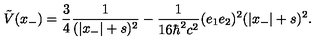
\tilde { V } ( x _ { - } ) = \frac { 3 } { 4 } \frac { 1 } { ( | x _ { - } | + s ) ^ { 2 } } - \frac { 1 } { 1 6 { \hbar } ^ { 2 } c ^ { 2 } } ( e _ { 1 } e _ { 2 } ) ^ { 2 } ( | x _ { - } | + s ) ^ { 2 } .